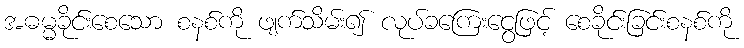
အဓမ္မခိုင်းစေသော စနစ်ကို ဖျက်သိမ်း၍ လုပ်ခကြေးငွေဖြင့် စေခိုင်းခြင်းစနစ်ကို